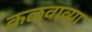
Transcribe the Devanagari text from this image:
कळवाव्या